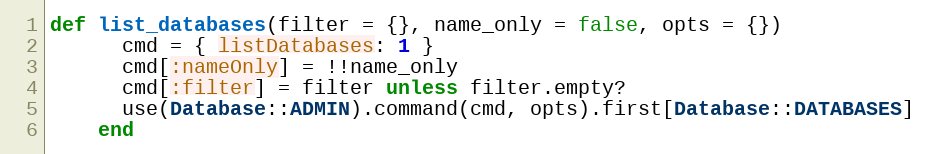
Language: Ruby
def list_databases(filter = {}, name_only = false, opts = {})
      cmd = { listDatabases: 1 }
      cmd[:nameOnly] = !!name_only
      cmd[:filter] = filter unless filter.empty?
      use(Database::ADMIN).command(cmd, opts).first[Database::DATABASES]
    end